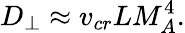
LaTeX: D_{\perp}\approx v_{cr}LM_{A}^{4}.